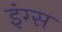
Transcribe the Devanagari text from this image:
इंग्स